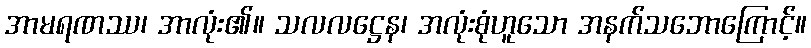
အာမရဏဿ၊ အာလုံး၏။ သလလဋ္ဌေန၊ အလုံးစုံဟူသော အနက်သဘောကြောင့်။